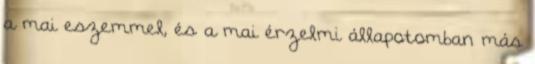
a mai eszemmel, és a mai érzelmi állapotomban más